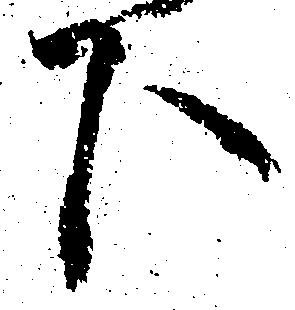
下